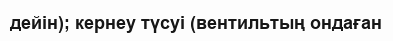
дейін); кернеу түсуі (вентильтың ондаған